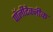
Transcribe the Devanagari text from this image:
पॉलीटेक्नीक